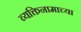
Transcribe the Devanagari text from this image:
व्यक्तिनामाच्या